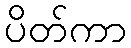
ပိတ်ကာ